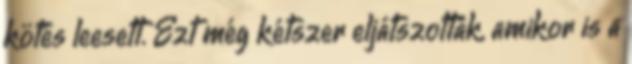
kötés leesett. Ezt még kétszer eljátszották, amikor is a